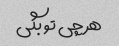
هر چی تو بگی